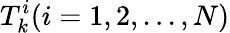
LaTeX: T_{k}^{i}(i=1,2,...,N)